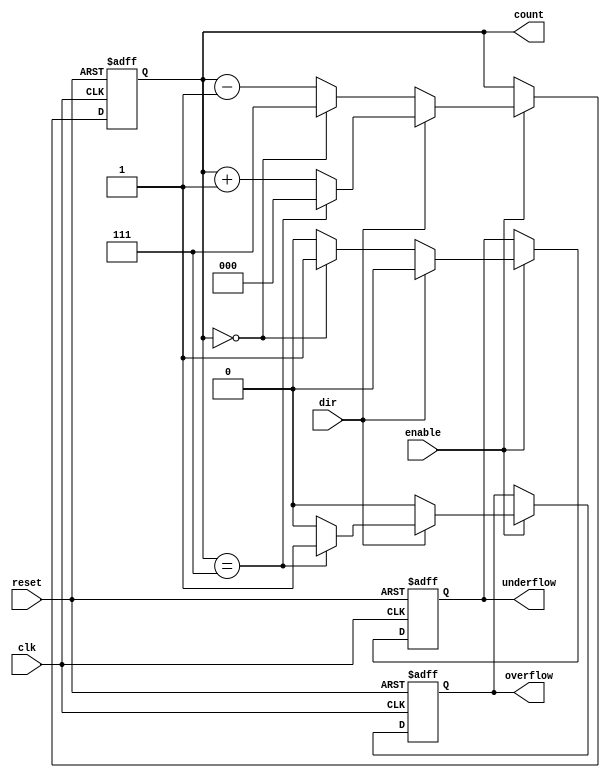
module synchronous_counter (
    input wire clk,          // Clock input
    input wire reset,        // Asynchronous reset
    input wire enable,       // Enable signal
    input wire dir,          // Direction control (1 for up, 0 for down)
    output reg [2:0] count,  // 3-bit counter output
    output reg overflow,      // Overflow flag
    output reg underflow      // Underflow flag
);

    // Maximum count value based on 3 bits
    localparam MAX_COUNT = 3'b111; // 7
    localparam MIN_COUNT = 3'b000; // 0

    // Sequential logic for counting
    always @(posedge clk or posedge reset) begin
        if (reset) begin
            count <= MIN_COUNT; // Reset count to 0
            overflow <= 0;      // Clear overflow flag
            underflow <= 0;     // Clear underflow flag
        end else if (enable) begin
            if (dir) begin
                // Up counting
                if (count == MAX_COUNT) begin
                    count <= MIN_COUNT; // Wrap around
                    overflow <= 1;       // Set overflow flag
                end else begin
                    count <= count + 1; // Increment count
                    overflow <= 0;       // Clear overflow flag
                end
                underflow <= 0; // Clear underflow flag
            end else begin
                // Down counting
                if (count == MIN_COUNT) begin
                    count <= MAX_COUNT; // Wrap around
                    underflow <= 1;      // Set underflow flag
                end else begin
                    count <= count - 1; // Decrement count
                    underflow <= 0;      // Clear underflow flag
                end
                overflow <= 0; // Clear overflow flag
            end
        end
    end

endmodule